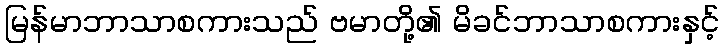
မြန်မာဘာသာစကားသည် ဗမာတို့၏ မိခင်ဘာသာစကားနှင့်